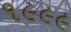
૧૯૯૯